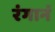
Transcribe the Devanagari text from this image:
रंगानं